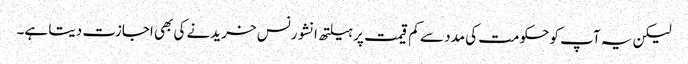
لیکن یہ آپ کو حکومت کی مدد سے کم قیمت پر ہیلتھ انشورنس خریدنے کی بھی اجازت دیتا ہے۔